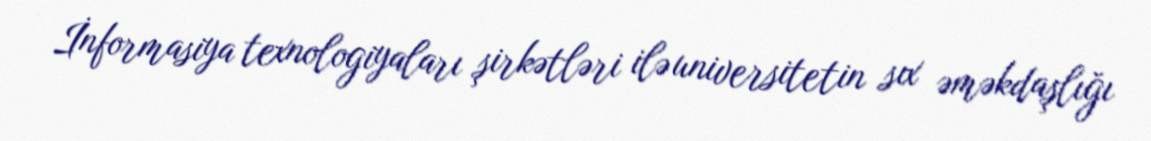
İnformasiya texnologiyaları şirkətləri ilə universitetin sıx əməkdaşlığı